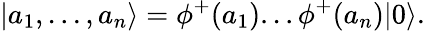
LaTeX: |a_{1},...,a_{n}\rangle=\phi^{+}(a_{1})...\phi^{+}(a_{n})|0\rangle.